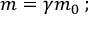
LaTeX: m = \gamma m _ { 0 } \, ;